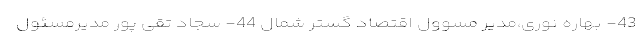
43- بهاره نوری،مدیر مسوول اقتصاد گستر شمال 44- سجاد تقی پور مدیرمسئول